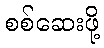
စစ်ဆေးဖို့